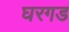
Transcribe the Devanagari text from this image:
घरगड